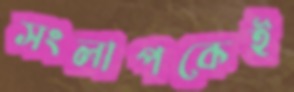
সংলাপকেই